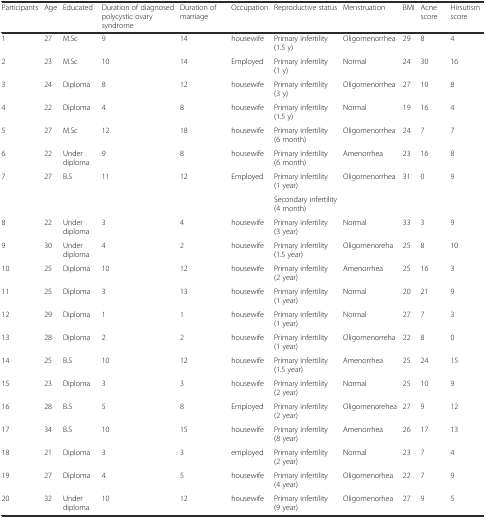
<table><thead><tr><td><b>Participants</b></td><td><b>Age</b></td><td><b>Educated</b></td><td><b>Duration of diagnosed polycystic ovary syndrome</b></td><td><b>Duration of marriage</b></td><td><b>Occupation</b></td><td><b>Reproductive status</b></td><td><b>Menstruation</b></td><td><b>BMI</b></td><td><b>Acne score</b></td><td><b>Hirsutism score</b></td></tr></thead><tbody><tr><td>1</td><td>27</td><td>M.Sc</td><td>9</td><td>14</td><td>housewife</td><td>Primary infertility (1.5 y)</td><td>Oligomenorrhea</td><td>29</td><td>8</td><td>4</td></tr><tr><td>2</td><td>23</td><td>M.Sc</td><td>10</td><td>14</td><td>Employed</td><td>Primary infertility (1 y)</td><td>Normal</td><td>24</td><td>30</td><td>16</td></tr><tr><td>3</td><td>24</td><td>Diploma</td><td>8</td><td>12</td><td>housewife</td><td>Primary infertility (3 y)</td><td>Oligomenorrhea</td><td>27</td><td>10</td><td>8</td></tr><tr><td>4</td><td>22</td><td>Diploma</td><td>4</td><td>8</td><td>housewife</td><td>Primary infertility(1.5 y)</td><td>Normal</td><td>19</td><td>16</td><td>4</td></tr><tr><td>5</td><td>27</td><td>M.Sc</td><td>12</td><td>18</td><td>housewife</td><td>Primary infertility (6 month)</td><td>Oligomenorrhea</td><td>24</td><td>7</td><td>7</td></tr><tr><td>6</td><td>22</td><td>Under diploma</td><td>9</td><td>8</td><td>housewife</td><td>Primary infertility (6 month)</td><td>Amenorrhea</td><td>23</td><td>16</td><td>8</td></tr><tr><td rowspan="2">7</td><td rowspan="2">27</td><td rowspan="2">B.S</td><td rowspan="2">11</td><td rowspan="2">12</td><td rowspan="2">Employed</td><td>Primary infertility (1 year)</td><td rowspan="2">Oligomenorrhea</td><td rowspan="2">31</td><td rowspan="2">0</td><td rowspan="2">9</td></tr><tr><td>Secondary infertility(4 month)</td></tr><tr><td>8</td><td>22</td><td>Under diploma</td><td>3</td><td>4</td><td>housewife</td><td>Primary infertility(3 year)</td><td>Normal</td><td>33</td><td>3</td><td>9</td></tr><tr><td>9</td><td>30</td><td>Under diploma</td><td>4</td><td>2</td><td>housewife</td><td>Primary infertility (1.5 year)</td><td>Oligomenoreha</td><td>25</td><td>8</td><td>10</td></tr><tr><td>10</td><td>25</td><td>Diploma</td><td>10</td><td>12</td><td>housewife</td><td>Primary infertility (2 year)</td><td>Amenorrhea</td><td>25</td><td>16</td><td>3</td></tr><tr><td>11</td><td>25</td><td>Diploma</td><td>3</td><td>13</td><td>housewife</td><td>Primary infertility (1 year)</td><td>Normal</td><td>20</td><td>21</td><td>9</td></tr><tr><td>12</td><td>29</td><td>Diploma</td><td>1</td><td>1</td><td>housewife</td><td>Primary infertility (1 year)</td><td>Normal</td><td>27</td><td>7</td><td>3</td></tr><tr><td>13</td><td>28</td><td>Diploma</td><td>2</td><td>2</td><td>housewife</td><td>Primary infertility (1 year)</td><td>Oligomenorreha</td><td>22</td><td>8</td><td>0</td></tr><tr><td>14</td><td>25</td><td>B.S</td><td>10</td><td>12</td><td>housewife</td><td>Primary infertility (1.5 year)</td><td>Amenorrhea</td><td>25</td><td>24</td><td>15</td></tr><tr><td>15</td><td>23</td><td>Diploma</td><td>3</td><td>3</td><td>housewife</td><td>Primary infertility (2 year)</td><td>Normal</td><td>25</td><td>10</td><td>9</td></tr><tr><td>16</td><td>28</td><td>B.S</td><td>5</td><td>8</td><td>Employed</td><td>Primary infertility (2 year)</td><td>Oligomenorehea</td><td>27</td><td>9</td><td>12</td></tr><tr><td>17</td><td>34</td><td>B.S</td><td>10</td><td>15</td><td>housewife</td><td>Primary infertility (8 year)</td><td>Amenorrhea</td><td>26</td><td>17</td><td>13</td></tr><tr><td>18</td><td>21</td><td>Diploma</td><td>3</td><td>3</td><td>employed</td><td>Primary infertility (2 year)</td><td>Normal</td><td>23</td><td>7</td><td>4</td></tr><tr><td>19</td><td>27</td><td>Diploma</td><td>4</td><td>5</td><td>housewife</td><td>Primary infertility (4 year)</td><td>Oligomenorhea</td><td>22</td><td>7</td><td>9</td></tr><tr><td>20</td><td>32</td><td>Under diploma</td><td>10</td><td>12</td><td>housewife</td><td>Primary infertility (9 year)</td><td>Oligomenorhea</td><td>27</td><td>9</td><td>5</td></tr></tbody></table>